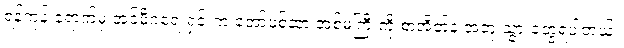
ရန်ကုန် ရောက်မှ အင်မီဂရေးရှင်းက အော်ဖစ်ဆာ အစ်မကြီးကို စာအိတ်နဲ့ အတူ သွားတွေ့ရပါတယ်။